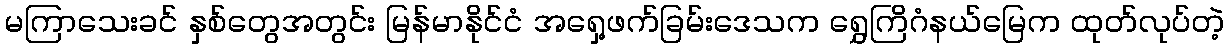
မကြာသေးခင် နှစ်တွေအတွင်း မြန်မာနိုင်ငံ အရှေ့ဖက်ခြမ်းဒေသက ရွှေကြိဂံနယ်မြေက ထုတ်လုပ်တဲ့